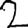
Digit: 2